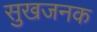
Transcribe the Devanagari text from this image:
सुखजनक